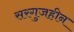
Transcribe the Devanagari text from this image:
सरगुजहीन